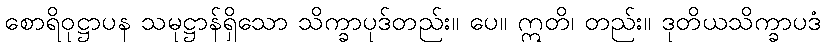
စောရိဝုဋ္ဌာပန သမုဋ္ဌာန်ရှိသော သိက္ခာပုဒ်တည်း။ ပေ။ ဣတိ၊ တည်း။ ဒုတိယသိက္ခာပဒံ